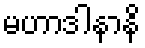
မဟာဒါနာနိ